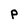
Character: p